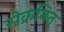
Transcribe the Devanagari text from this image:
सेक्रमित